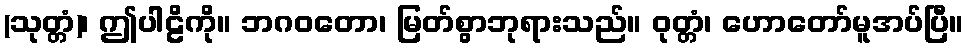
(သုတ္တံ)၊ ဤပါဠိကို။ ဘဂဝတော၊ မြတ်စွာဘုရားသည်။ ဝုတ္တံ၊ ဟောတော်မူအပ်ပြီ။